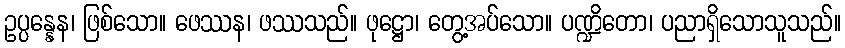
ဥပ္ပန္နေန၊ ဖြစ်သော။ ဖေဿန၊ ဖဿသည်။ ဖုဋ္ဌော၊ တွေ့အပ်သော။ ပဏ္ဍိတော၊ ပညာရှိသောသူသည်။